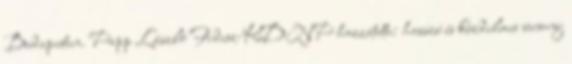
Budapesten. Papp László Fidesz-KDNP hozzátette: hosszú és küzdelmes verseny